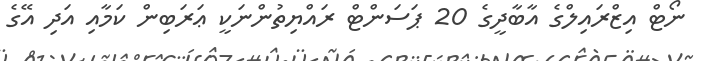
ނޯޓް އިޒްރައިލްގެ އާބާދީގެ 20 ޕަސަންޓް ރައްޔިތުންނަކީ ޢަރަބިން ކަމާއި އަދި އޭގެ